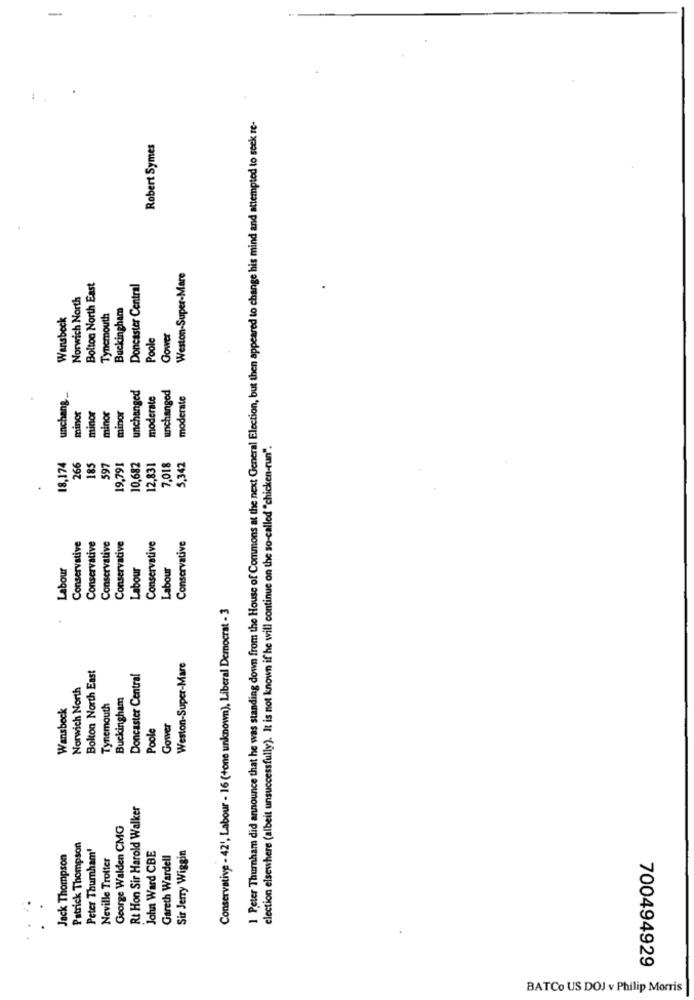
1 Peter Thurnham did announce that he was standing down from the House of Commons at the next General Election, but then appeared to change his mind and attempted to seek re-
Robert Symes
Weston-Super-Mare
Bolton North East
Doncaster Central
Norwich North
Buckingham
Wansbeck
Tynemouth
Poole
Gower
unchanged
unchanged
unchang
moderate
moderate
minor
minor
minor
minor
election elsewhere (albeit unsuccessfully). It is not known if he will continue on the so-called "chicken-run".
18,174
266
185
597
19,791
10,682
12,831
7,018
5,342
Conservative
Conservative
Conservative
Conservative
Conservative
Conservative
Labour
Labour
Labour
Conservative - 42', Labour - 16 (+one unknown), Liberal Democrat - 3
Bolton North East
Weston-Super-Mare
Doncaster Central
Norwich North
Buckingham
Wansbeck
Tynemouth
Poole
Gower
Rt Hon Sir Harold Walker
George Walden CMG
Patrick Thompson
Peter Thumham
Sir Jerry Wiggin
Jack Thompson
Neville Trotter
John Ward CBE
Gareth Wardell
700494929
BATCo US DOJ v Philip Morris